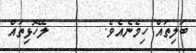
ބަލިތައް ހިމެނެއެވެ.        ލޭހޮޅިތައް